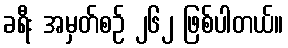
ခရီး အမှတ်စဉ် ၂၆၂ ဖြစ်ပါတယ်။